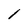
Character: l